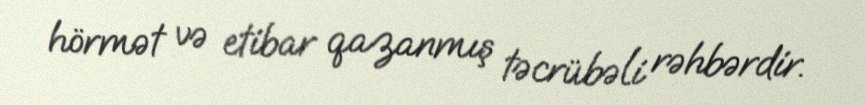
hörmət və etibar qazanmış təcrübəli rəhbərdir.